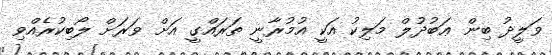
ވަލީދު ބިން ޢަބުދުލް މަލިކު އަކީ އުމުރާނީ ތަރައްގީ އަށް ވަރަށް ލޯބިކުރެއްވި